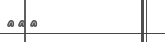
١٤٥